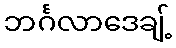
ဘင်္ဂလာဒေချ့်